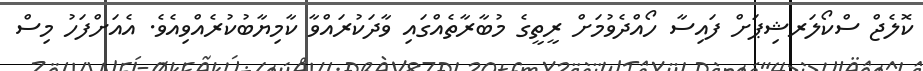
ކޮލެޖް ސްކޯލަރޝިޕަށް ފައިސާ ހޯއްދެވުމަށް ރީތީގެ މުބާރާތެއްގައި ވާދަކުރައްވާ ކާމިޔާބުކުރެއްވިއެވެ. އެއަށްފަހު މިސް